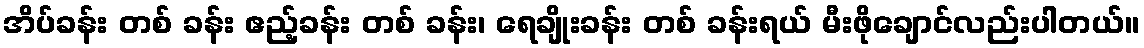
အိပ်ခန်း တစ် ခန်း ဧည့်ခန်း တစ် ခန်း၊ ရေချိုးခန်း တစ် ခန်းရယ် မီးဖိုချောင်လည်းပါတယ်။